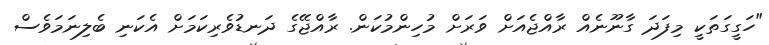
"ހަގީގަތަކީ މިފަދަ ގާނޫނެއް ރާއްޖެއަށް ވަރަށް މުހިންމުކަން. ރާއްޖޭގެ ދަނޑުވެރިކަމަށް އެކަނި ބެލިނަމަވެސް